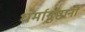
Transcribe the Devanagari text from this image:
धर्मानुष्ठानों